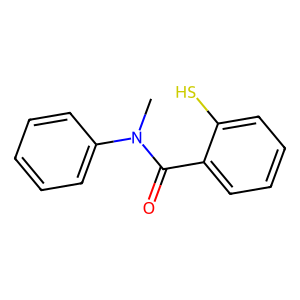
SMILES: CN(C(=O)c1ccccc1S)c1ccccc1
Inhibits HIV replication: Yes